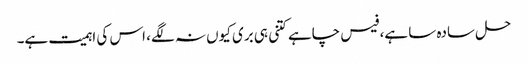
حل سادہ سا ہے، فیس چاہے کتنی ہی بری کیوں نہ لگے، اس کی اہمیت ہے۔